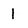
Character: 1